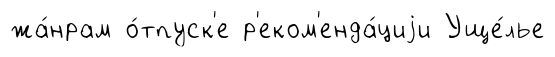
жа́нрам о́тпуск'е р'еком'енда́циjи Уще́лье